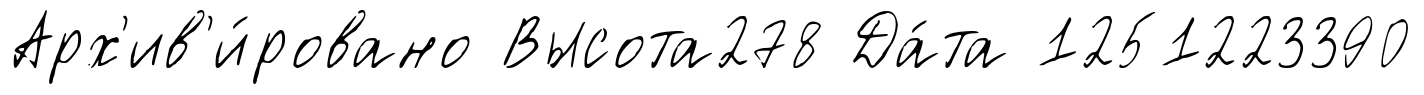
Арх'ив'и́ровано Высота278 Да́та 1251223390